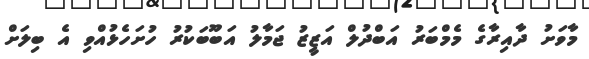
މާވަށު ދާއިރާގެ މެމްބަރު އަބްދުލް އަޒީޒު ޖަމާލު އަބޫބަކުރު ހުށަހެޅުއްވި އެ ބިލަށް